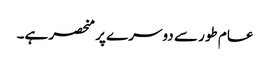
عام طور سے دوسرے پر منحصر ہے۔